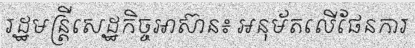
រដ្ឋមន្ត្រីសេដ្ឋកិច្ចអាស៊ាន៖ អនុម័តលើផែនការ